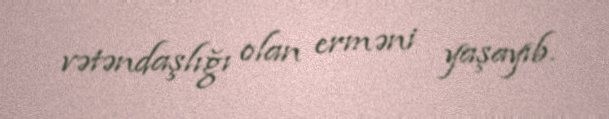
vətəndaşlığı olan erməni yaşayıb.